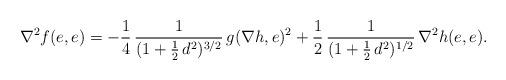
LaTeX: \begin{align*}\nabla^2f(e,e)=-\frac{1}{4}\,\frac{1}{(1+\tfrac{1}{2}\,d^2)^{3/2}}\,g(\nabla h,e)^2+\frac{1}{2}\,\frac{1}{(1+\tfrac{1}{2}\,d^2)^{1/2}}\,\nabla^2h(e,e).\end{align*}